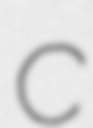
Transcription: C